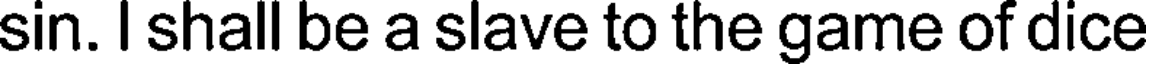
sin. I shall be a slave to the game of dice